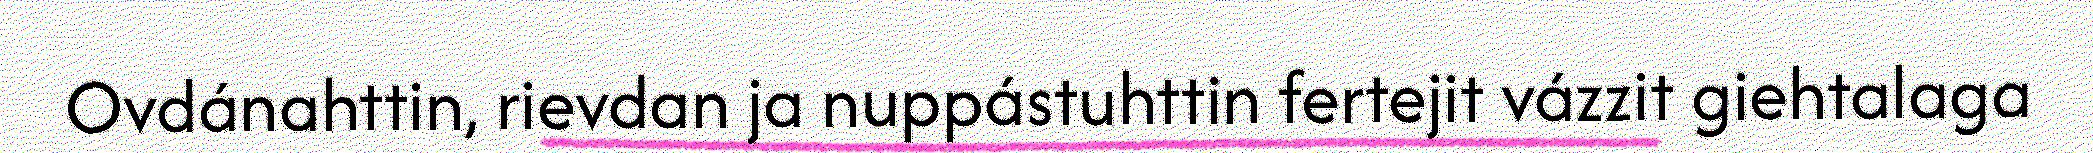
Ovdánahttin, rievdan ja nuppástuhttin fertejit vázzit giehtalaga